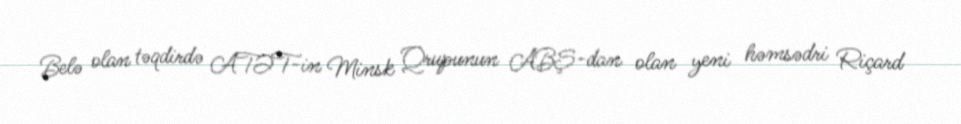
Belə olan təqdirdə ATƏT-in Minsk Qrupunun ABŞ-dan olan yeni həmsədri Riçard